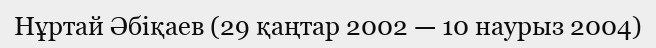
Нұртай Әбіқаев (29 қаңтар 2002 — 10 наурыз 2004)